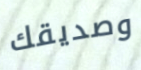
وصديقك